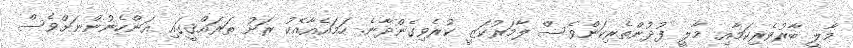
މާލީ ބާރުވެރިކަމާއި މާލީ ފުދުންތެރިކަންވެސް ލާމަރުކަޒީ ކުރެވިގެންދާނެ. ހަމައެއާއެކު ރަށު ތަރައްޤީގައި އަންހެނުންނަށްވެސް